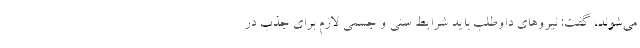
می‌شوند، گفت: نیروهای داوطلب باید شرایط سنی و جسمی لازم برای جذب در